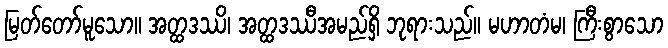
မြတ်တော်မူသော။ အတ္ထဒဿိ၊ အတ္ထဒဿီအမည်ရှိ ဘုရားသည်။ မဟာတံမ၊ ကြီးစွာသော